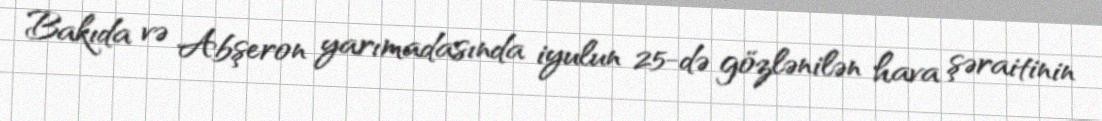
Bakıda və Abşeron yarımadasında iyulun 25-də gözlənilən hava şəraitinin